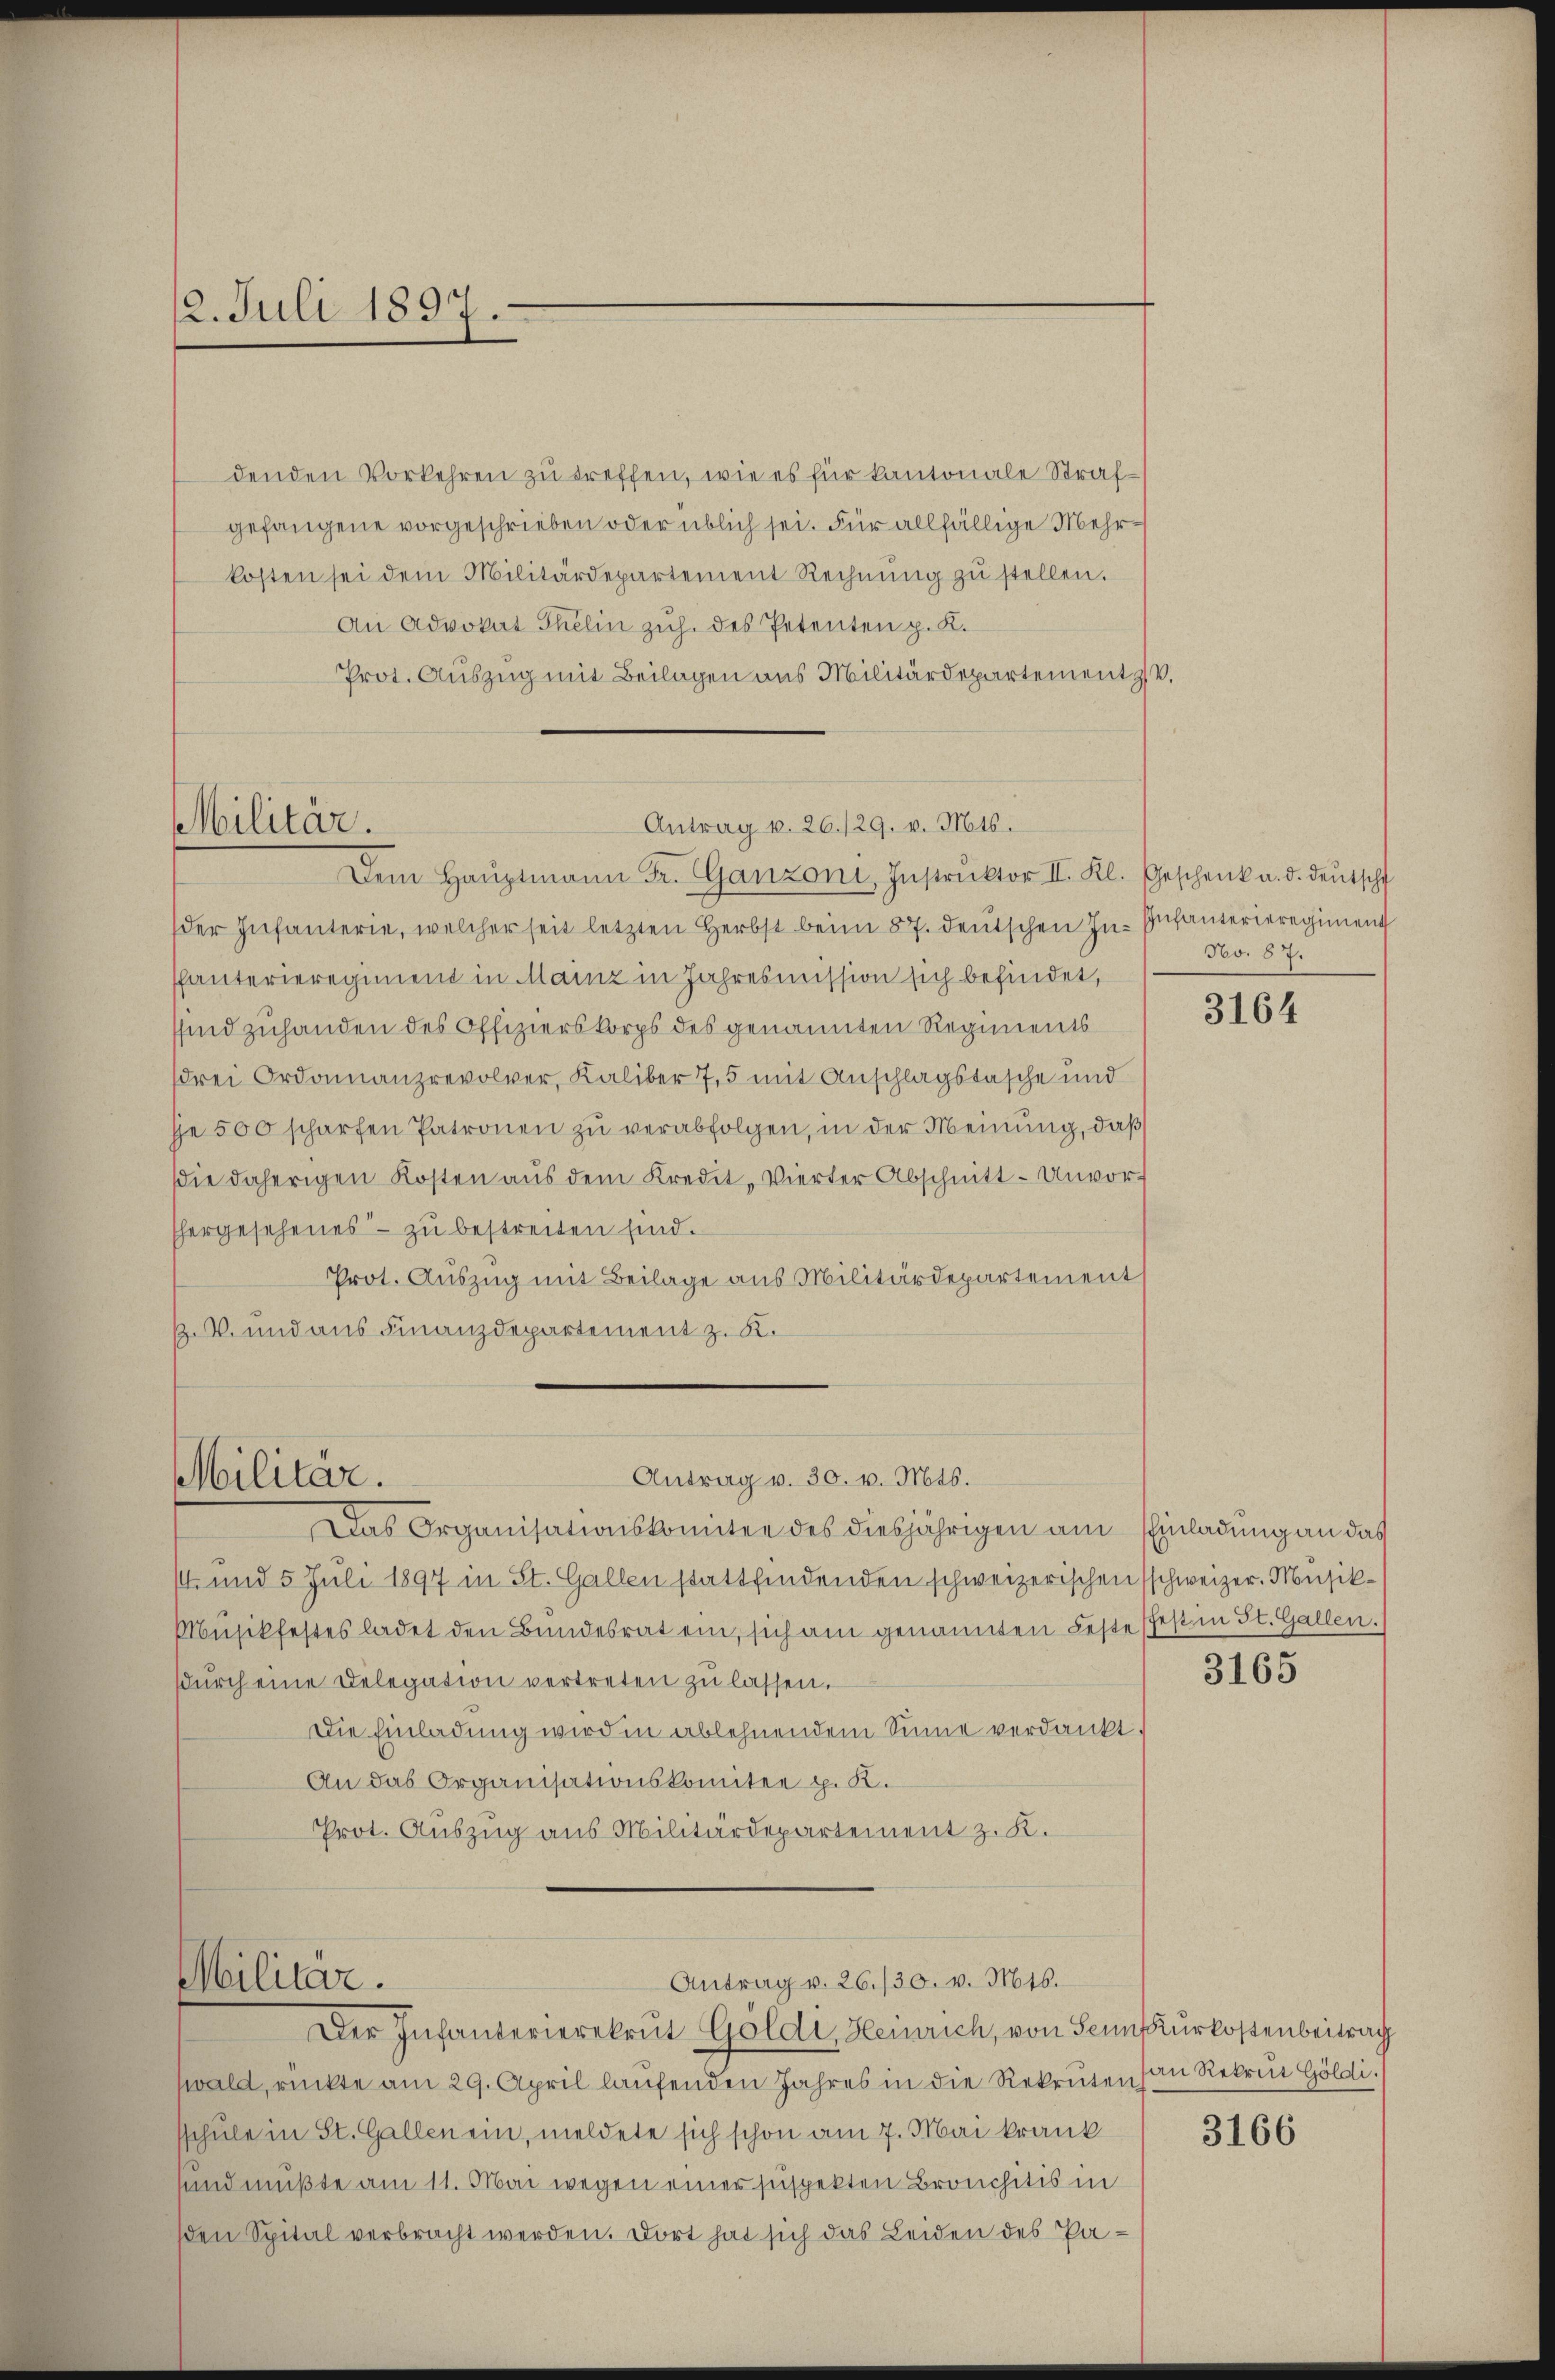
2. Juli 1897.

Militär.

der Infanterie, welcher seit letzten Herbst beim 87. deŭtschen In- Infanterieregiment
Phanterieregiment in Mainz in Jahresmission sich befindet,
sind zuhanden des Offizierskorps des genannten Regiments
drei Ordonnanzrevolver, Kaliber 7,5 mit Anschlagstasche und
je 500 scharfen Patronen zu verabfolgen, in der Meinung, daß
ie daherigen Kosten aus dem Kredit, Vierter Abschnitt- Unvor-
hergesehenes - zu bestreiten sind.
Prot. Auszug mit Beilage aus Militärdepartement
ß.V. und aus Finanzdepartement z. K.

denden Vorkehren zu treffen, wie es für kantonale Strafgefangene vorgeschrieben oder üblich sei. Für allfällige Mehrkosten sei dem Militärdepartement Rechnŭng zŭ stellen.
An Advokat Thelin zuh. des Petenten p. K.
Prot. Auszug mit Beilagen aus Militärdepartement V.

Militär.

Antrag v. 26./29. v. Mts.
Dem Haŭptmann Fr. Ganzoni, Instrŭktor II. Kl. Geschenk a. d. deŭtsch

Antrag v. 30. v. Mts.

Militär.
Antrag v. 26./30. v. Mts.
Der Infanterierekrut Göldi, Heinrich, von Sein Kurkostenbeitrag

14 und 5 Juli 1897 in St. Gallen stattfindenden schweizerischen schweizer. Musik¬
Musikfestes ladet den Bundesrat ein, sich am genannten Feste fest in St. Gallen.
dŭrch eine Delegation vertreten zu lassen.
Die Einladung wird in ablehnendem Sinne verdankt.
An das Organisationskomitee p. K.
Prot. Auszug aus Militärdepartement z. K.

wald, rückte am 29. April laufenden Jahres in die Rekruten von Rekrut Göldli. I
sschule in St. Gallen ein, meldete sich schon am 7. Mai krank
sund mußte am 11. Mai wegen einer suspekten Bronchitis in
den Spital verbracht werden. Dort hat sich das Leiden des Pa¬

Das Organisationskomitee des diesjährigen am Einladung an das

No. 87.

3164

3165

3166